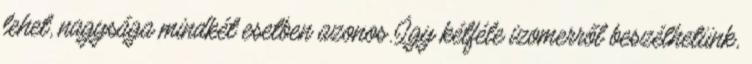
lehet, nagysága mindkét esetben azonos. Így kétféle izomerről beszélhetünk,